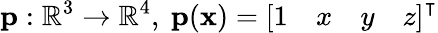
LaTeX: \mathbf{p}:\mathbb{R}^{3}\to\mathbb{R}^{4},\ \mathbf{p}(\mathbf{x})=\left[\begin{array}{llll}{1}&{x}&{y}&{z}\end{array}\right]^{\intercal}